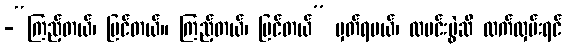
-“ကြည့်တယ်၊ မြင်တယ်။ ကြည့်တယ်၊ မြင်တယ်” မှတ်ရမယ်၊ ထမင်းပွဲဆီ လက်လှမ်းရင်